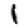
Digit: 1